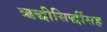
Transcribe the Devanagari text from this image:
ऋद्धीसिद्धींसह